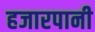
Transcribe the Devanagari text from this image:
हजारपानी